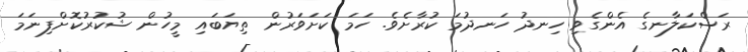
ރަސްކަލާނގެ އެންގެވި ހިނދު ހަނދުމަ ކުރާށެވެ. ހަމަ ކަށަވަރުން ތިޔަބައި މީހުން ޝުކުރުކޮށްފިނަމަ